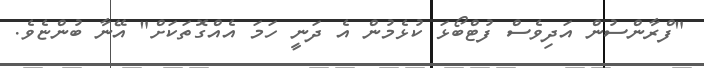
"ފްރާންސުން އަދިވެސް ފުޓްބޯޅަ ކުޅެމުން އެ ދަނީ ހަމަ އެއްގޮތަކަށް" އޭނާ ބުންޏެވެ.